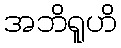
အဘိရူဟိ